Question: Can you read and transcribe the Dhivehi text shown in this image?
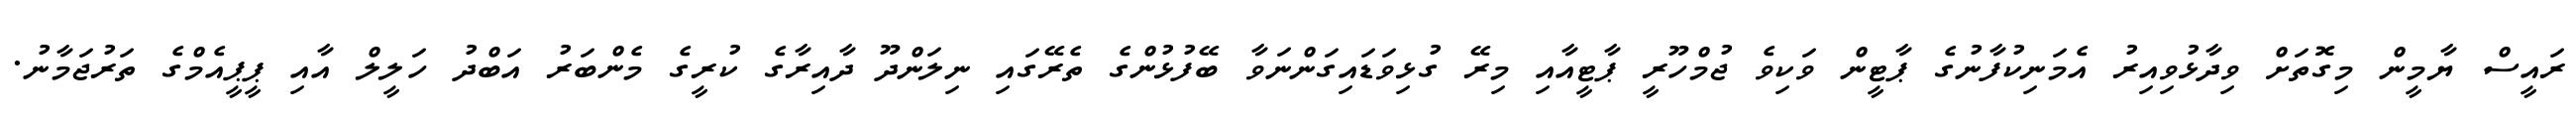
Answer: ރައީސް ޔާމީން މިގޮތަށް ވިދާޅުވިއިރު އެމަނިކުފާނުގެ ޕާޓީން ވަކިވެ ޖުމްހޫރީ ޕާޓީއާއި މިރޭ ގުޅިވަޑައިގަންނަވާ ބޭފުޅުންގެ ތެރޭގައި ނިލަންދޫ ދާއިރާގެ ކުރީގެ މެންބަރު އަބްދު ހަލީލް އާއި ޕީޕީއެމްގެ ތަރުޖަމާނު.